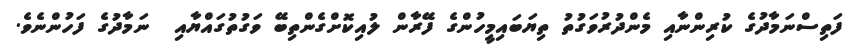
ފަތިސްނަމާދުގެ ކުރިންނާއި މެންދުރުވަގުތު ތިޔަބައިމީހުންގެ ފޭރާން ލުއިކޮށްގެންތިބޭ ވަގުތުގައްޔާއި  ނަމާދުގެ ފަހުންނެވެ.